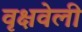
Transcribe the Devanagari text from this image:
वृक्षवेली